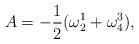
LaTeX: \begin{align*}A = - \frac{1}{2}(\omega^{1}_{2}+\omega^{3}_{4}),\end{align*}